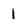
Character: 1